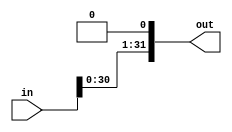
/****************************************************
*	sll2_32.v - SHIFT LEFT 1 BIT (32 BIT ARRAY)		*
*													*
****************************************************/

module sll2_32 (in, out);
		input	signed [31:0]	in;
		output	signed [31:0]	out;
		
		assign out = in <<< 1;
		
endmodule